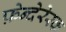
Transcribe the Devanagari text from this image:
फ़ेन्देरेस्क